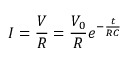
I = \frac { V } { R } = \frac { V _ { 0 } } { R } e ^ { - \frac { t } { R C } }